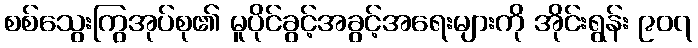
စစ်သွေးကြွအုပ်စု၏ မူပိုင်ခွင့်အခွင့်အရေးများကို အိုင်းရွန်း ၉၀၇